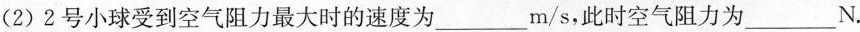
(2)2号小球受到空气阻力最大时的速度为___m/s，此时空气阻力为___N。